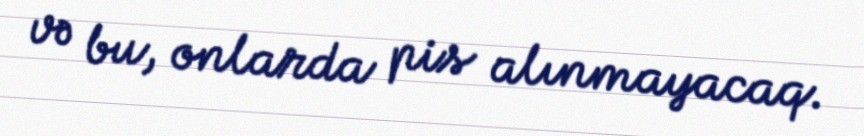
və bu, onlarda pis alınmayacaq.